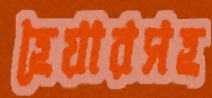
হেয়ারসহ